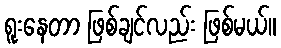
ရူးနေတာ ဖြစ်ချင်လည်း ဖြစ်မယ်။